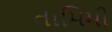
તામિમી